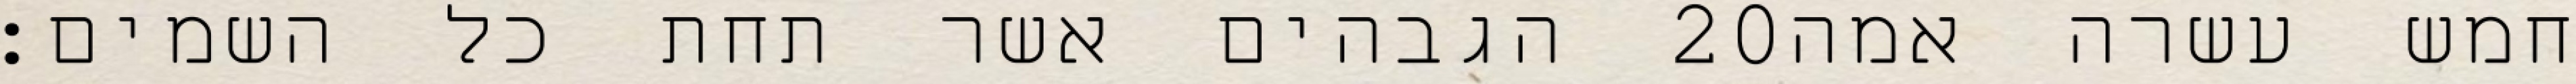
הגבהים אשר תחת כל השמים׃ ‎20‏ חמש עשרה אמה